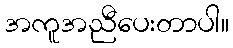
အကူအညီပေးတာပါ။